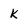
Character: k